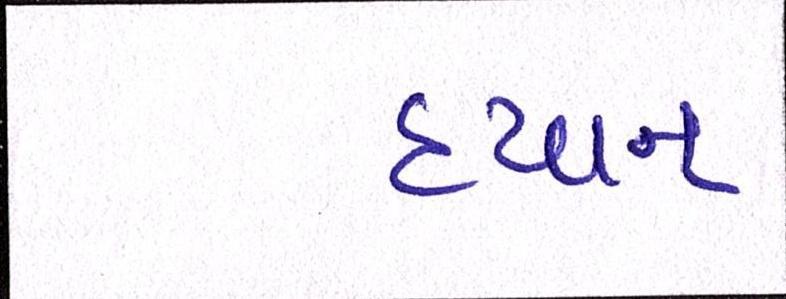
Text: ધ્યાન